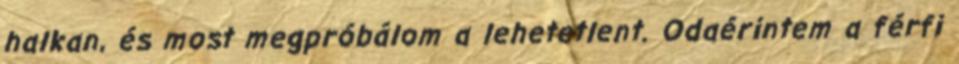
halkan, és most megpróbálom a lehetetlent. Odaérintem a férfi